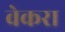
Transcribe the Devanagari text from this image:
वेकरा